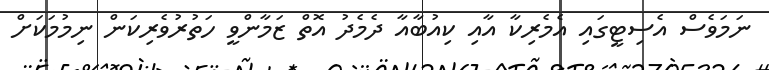
ނަމަވެސް އެސިޓީގައި އެމެރިކާ އާއި ކިއުބާއާ ދެމެދު އޮތް ޒަމާންވީ ހަތުރުވެރިކަން ނިމުމަކަށް